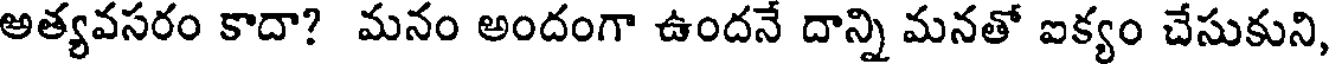
అత్యవసరం కాదా? మనం అందంగా ఉందనే దాన్ని మనతో ఐక్యం చేసుకుని,